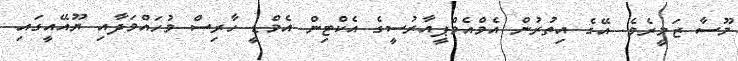
މޫސާ ޒަމީރެވެ. އޭގެ އިތުރުން އެމްއެމްޕީއާރުސީގެ އެކްޓިން އެމްޑީ ހާރިސް މުހައްމަދާއި ޔޫއޭއީގައި